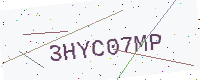
Text: 3HYC07MP